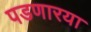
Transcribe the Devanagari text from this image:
पडणारया